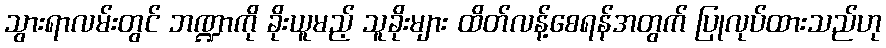
သွားရာလမ်းတွင် ဘဏ္ဍာကို ခိုးယူမည့် သူခိုးများ ထိတ်လန့်စေရန်အတွက် ပြုလုပ်ထားသည်ဟု